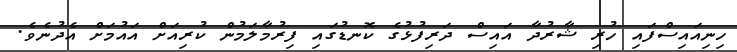
ހިނިއައިސްފައި ހުރި ޝާރުދާ އައިސް ދަރިފުޅުގެ ކޮނޑުގައި ފިރުމާލަމުން ކުރިއަށް އައުމަށް އެދުނެވެ.